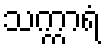
သက္ကာရံ